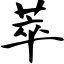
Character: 萃